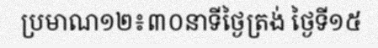
ប្រមាណ១២៖៣០នាទីថ្ងៃត្រង់ ថ្ងៃទី១៥